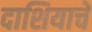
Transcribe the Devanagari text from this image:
दाशियाचे